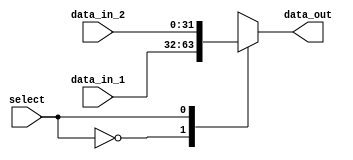
module bus_mux ( 
	input wire [31:0] data_in_1,
	input wire [31:0] data_in_2,
	input wire select,
	
	output reg [31:0] data_out

);
	
	always @ (*) begin
		case (select)
			0	:	data_out = data_in_1;
			1	:	data_out = data_in_2;
		endcase	
		
	end	
	

endmodule